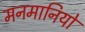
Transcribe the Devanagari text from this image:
मनमानियों